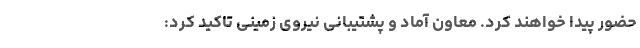
حضور پیدا خواهند کرد. معاون آماد و پشتیبانی نیروی زمینی تاکید کرد: